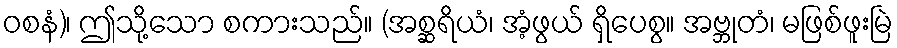
ဝစနံ)၊ ဤသို့သော စကားသည်။ (အစ္ဆရိယံ၊ အံ့ဖွယ် ရှိပေစွ။ အဗ္ဘုတံ၊ မဖြစ်ဖူးမြဲ